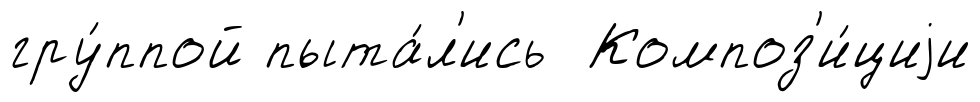
гру́ппой пыта́л'ись Композ'и́циjи